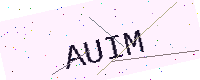
Text: AUIM